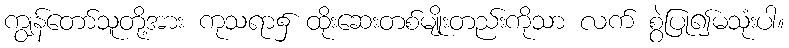
ကျွန်တော်သူတို့အား ကုသရာ၌ ထိုးဆေးတစ်မျိုးတည်းကိုသာ လက် စွဲပြု၍မသုံးပါ။